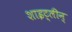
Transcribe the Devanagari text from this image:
शाइट्लीन्